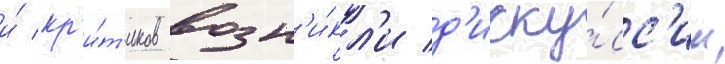
и́ кр'и́т'иков возн'и́кл'и д'иску́сс'ии